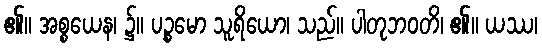
၏။ အစ္စယေန၊ ၌။ ပဉ္စမော သူရိယော၊ သည်။ ပါတုဘဝတိ၊ ၏။ ယဿ၊